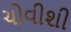
ચોવીશી